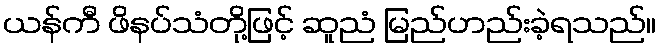
ယန်ကီ ဖိနပ်သံတို့ဖြင့် ဆူညံ မြည်ဟည်းခဲ့ရသည်။